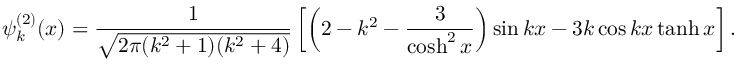
\psi _ { k } ^ { ( 2 ) } ( x ) = \frac { 1 } { \sqrt { 2 \pi ( k ^ { 2 } + 1 ) ( k ^ { 2 } + 4 ) } } \left[ \left( 2 - k ^ { 2 } - \frac { 3 } { \cosh ^ { 2 } x } \right) \sin k x - 3 k \cos k x \operatorname { t a n h } x \right] .